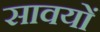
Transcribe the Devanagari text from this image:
सावयों